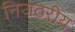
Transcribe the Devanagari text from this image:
निजठरीय